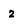
Character: z